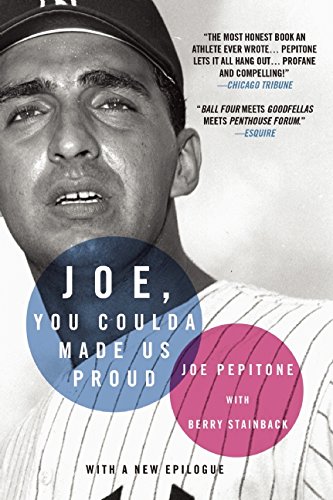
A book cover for Joe, You Coulda Made Us Proud; Joe Pepitone; Biographies & Memoirs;